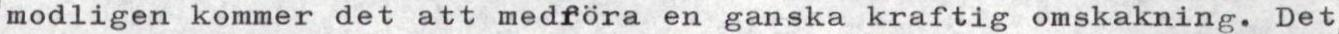
modligen kommer det att medföra en ganska kraftig omskakning. Det